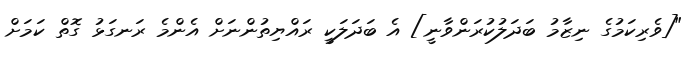
"[ވެރިކަމުގެ ނިޒާމު ބަދަލުކުރަންވާނީ] އެ ބަދަލަކީ ރައްޔިތުންނަށް އެންމެ ރަނގަޅު ގޮތް ކަމަށް